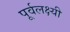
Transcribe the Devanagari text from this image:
पूर्वलक्ष्यी